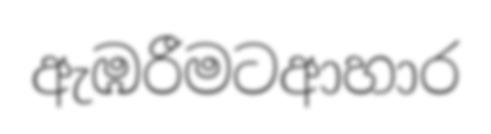
ඇඹරීමටආහාර